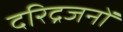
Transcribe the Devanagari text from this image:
दरिद्रजनों